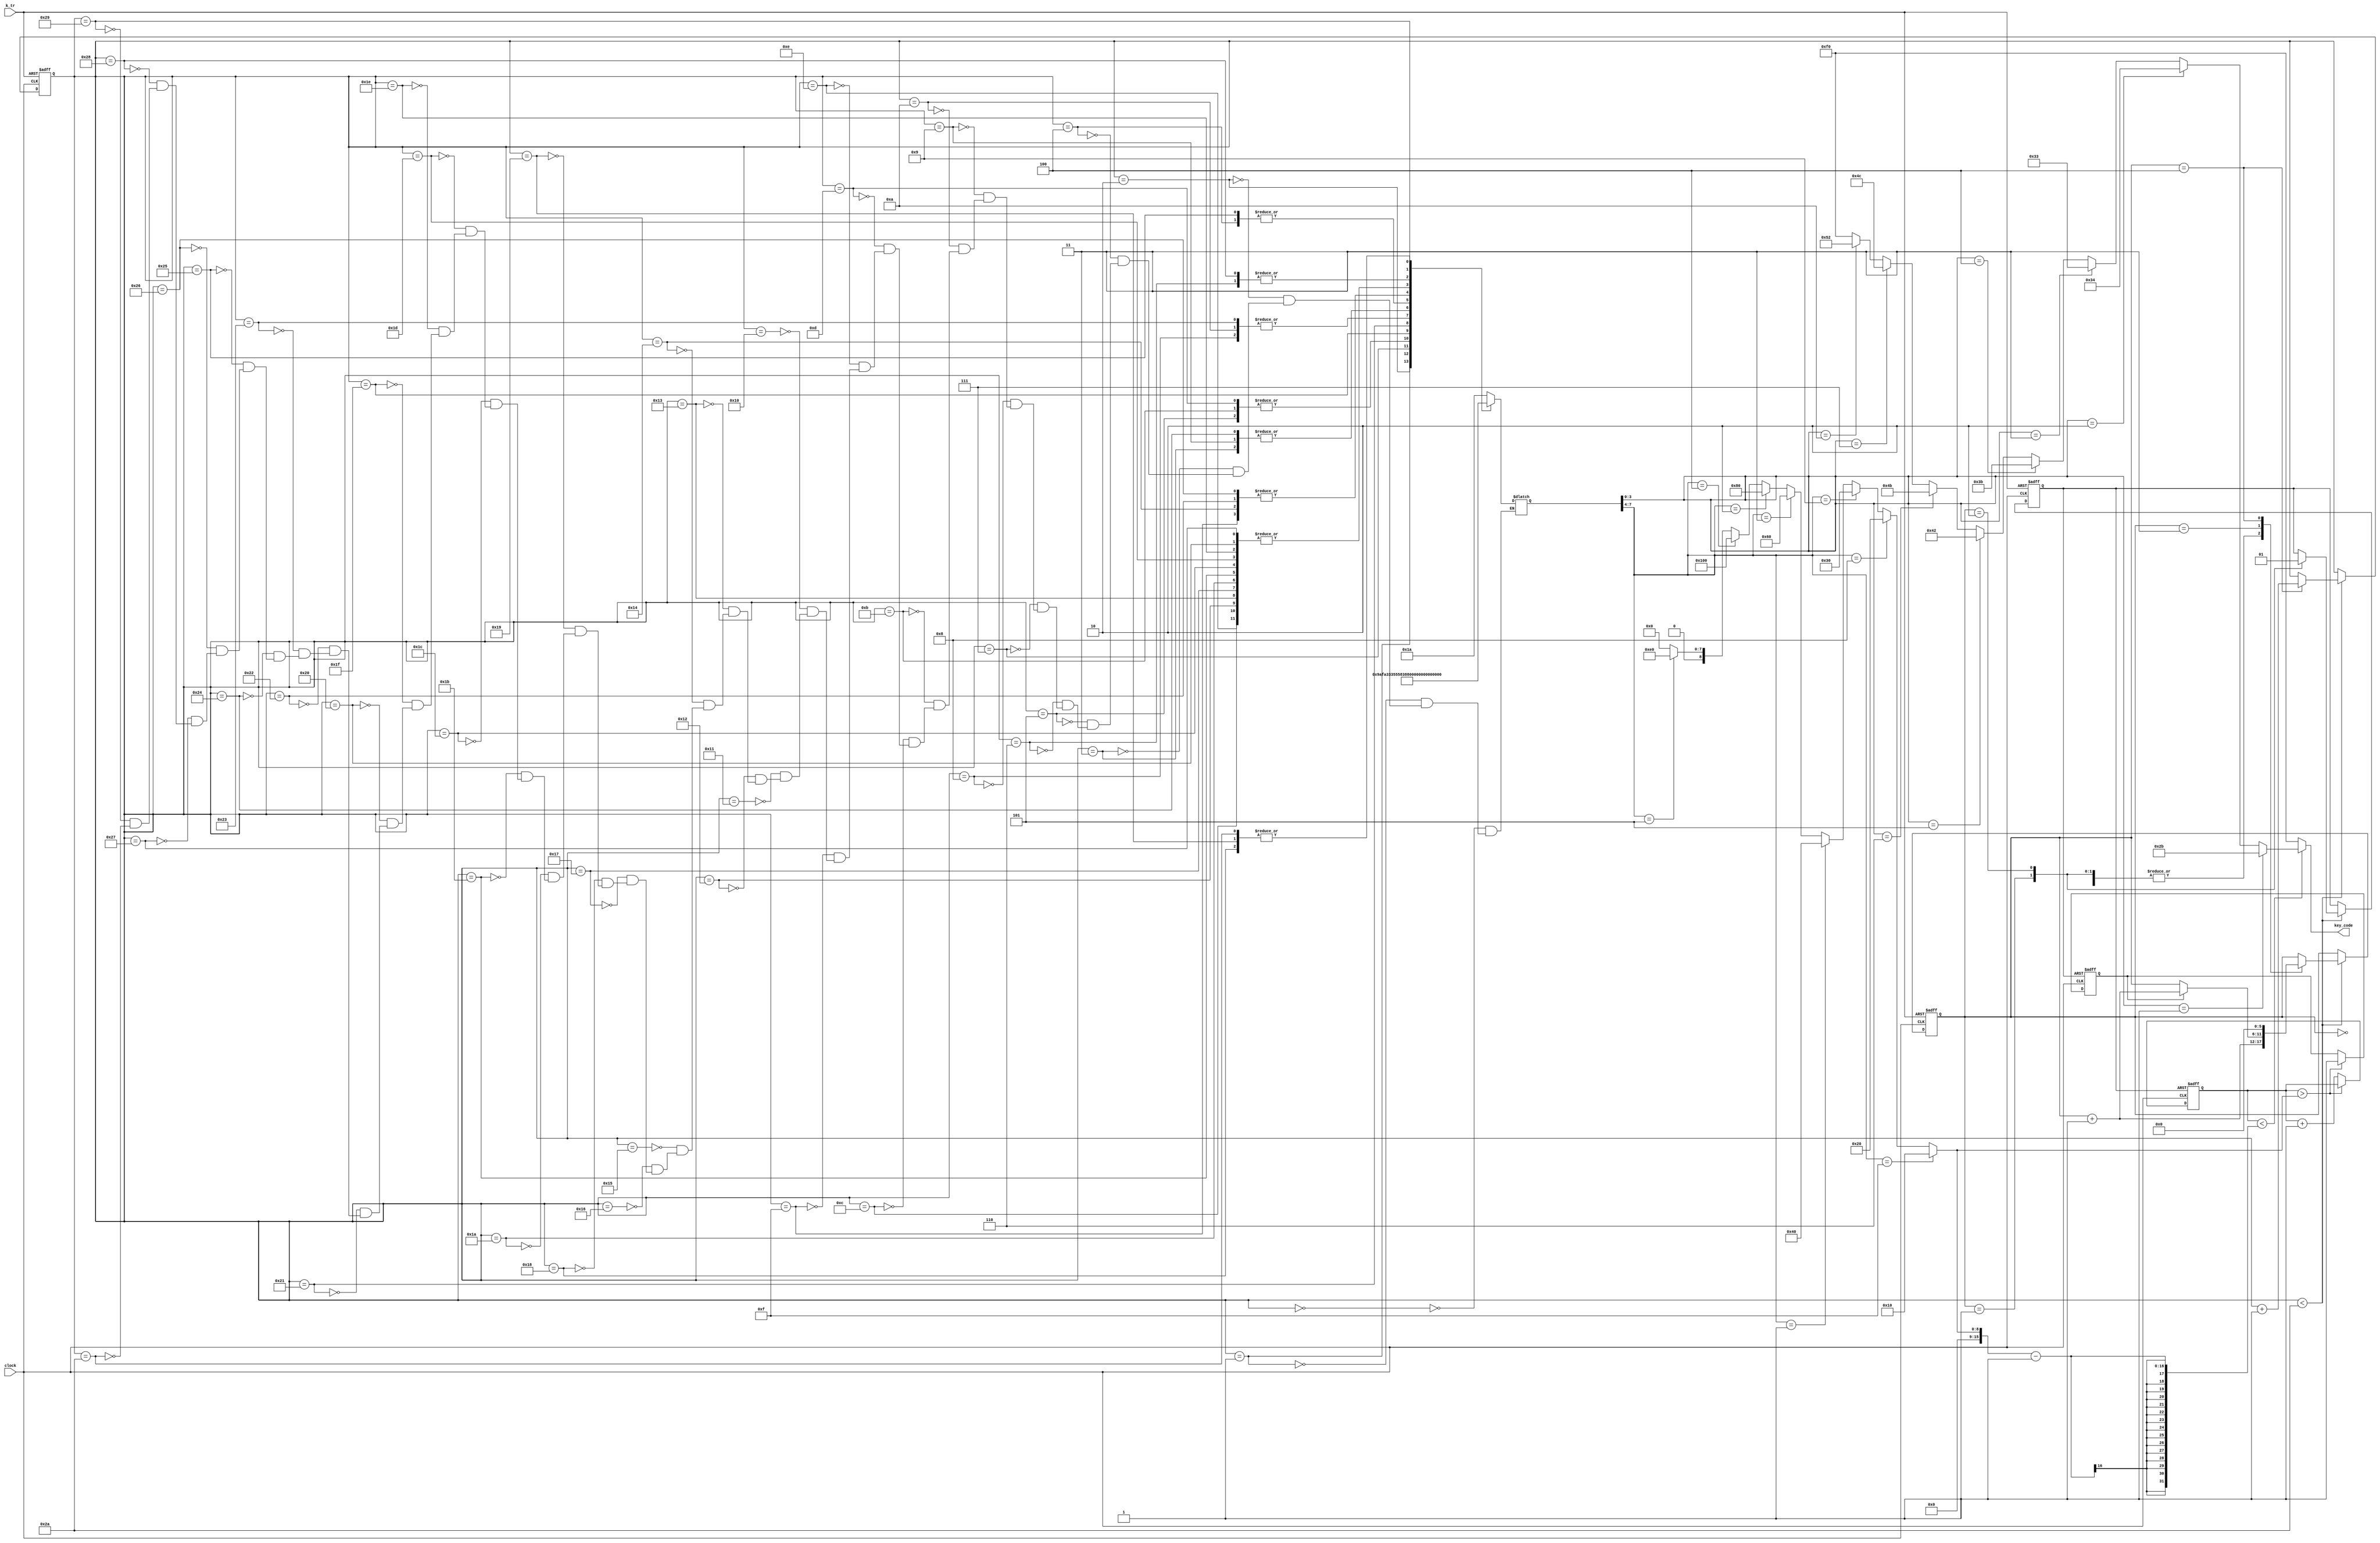
module demo_sound3(
        input  clock,
        output [7:0]key_code,
        input  k_tr
    );



    reg   [15:0]  tmp;
    wire  [15:0]  tmpa;
    reg           tr;
    reg   [15:0]  step;
    wire  [15:0]  step_r;
    reg   [7:0]   TT;
    reg   [5:0]   st;
    reg           go_end;

    always @(negedge k_tr or posedge clock)
    begin
        if (!k_tr)
        begin
            step=0;
            st=0;
            tr=0;
        end
        else
            if (step<step_r)
            begin
                case (st)
                    0:
                        st=st+1;
                    1:
                    begin
                        tr=0;
                        st=st+1;
                    end
                    2:
                    begin
                        tr=1;
                        st=st+1;
                    end
                    3:
                        if(go_end)
                            st=st+1;
                    4:
                    begin
                        st=0;
                        step=step+1;
                    end
                endcase
            end
    end

    ///////////////////////////////////////////
    wire  [7:0]key_code1=(
              (TT[3:0]==1)?8'h2b:(//1
                  (TT[3:0]==2)?8'h34:(//2
                      (TT[3:0]==3)?8'h33:(//3
                          (TT[3:0]==4)?8'h3b:(//4
                              (TT[3:0]==5)?8'h42:(//5
                                  (TT[3:0]==6)?8'h4b:(//6
                                      (TT[3:0]==7)?8'h4c:(//7
                                          (TT[3:0]==10)?8'h52:(//1
                                              (TT[3:0]==15)?8'hf0:8'hf0
                                          ))))))))
          );

    assign key_code=(tmp<(tmpa-1))?key_code1:8'hf0;

    assign tmpa[15:0]=(
               (TT[7:4]==15)?16'h10:(
                   (TT[7:4]==8)? 16'h20:(
                       (TT[7:4]==9)? 16'h30:(
                           (TT[7:4]==1)? 16'h40:(
                               (TT[7:4]==3)? 16'h60:(
                                   (TT[7:4]==2)? 16'h80:(
                                       (TT[7:4]==4)? 16'h100:(
                                           (TT[7:4]==5)? 16'he0:0
                                       )))))))
           );


    always @(negedge tr or posedge clock)
    begin
        if(!tr)
        begin
            tmp=0;
            go_end=0 ;
        end
        else if (tmp>tmpa)
            go_end=1;
        else
            tmp=tmp+1;
    end


    always @(step)
    begin
        case (step)
            0:
                TT=8'h1a;
            1:
                TT=8'h9a;
            2:
                TT=8'hfa;
            3:
                TT=8'h3a;
            4:
                TT=8'h86;
            5:
                TT=8'h35;
            6:
                TT=8'h84;
            7:
                TT=8'h33;
            8:
                TT=8'h8a;
            9:
                TT=8'h3a;
            10:
                TT=8'h8a;
            11:
                TT=8'h35;
            12:
                TT=8'h85;
            13:
                TT=8'h35;
            14:
                TT=8'h85;
            15:
                TT=8'h15;
            16:
                TT=8'h1a;
            17:
                TT=8'h1a;
            18:
                TT=8'h85;
            19:
                TT=8'h85;
            20:
                TT=8'h15;
            21:
                TT=8'h1a;
            22:
                TT=8'h1a;
            23:
                TT=8'h85;
            24:
                TT=8'h1f;
            25:
                TT=8'h1f;
            26:
                TT=8'h85;
            27:
                TT=8'h85;
            28:
                TT=8'h85;
            29:
                TT=8'h85;
            30:
                TT=8'h85;
            31:
                TT=8'h55;
            32:
                TT=8'h85;
            33:
                TT=8'h83;
            34:
                TT=8'h15;
            35:
                TT=8'h8a;
            36:
                TT=8'h3a;
            37:
                TT=8'h86;
            38:
                TT=8'h15;
            39:
                TT=8'h85;
            40:
                TT=8'h84;
            41:
                TT=8'h23;
            42:
                TT=8'h1f;
        endcase
    end
    assign step_r=42;

endmodule